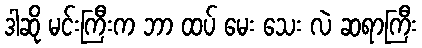
ဒါဆို မင်းကြီးက ဘာ ထပ် မေး သေး လဲ ဆရာကြီး